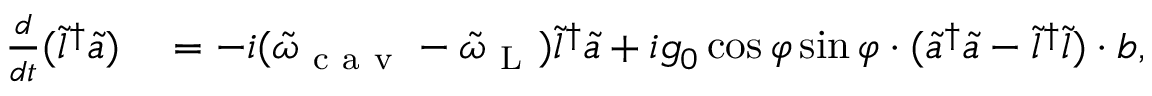
\begin{array} { r l } { \frac { d } { d t } ( \tilde { l } ^ { \dagger } \tilde { a } ) } & { { } = - i ( \tilde { \omega } _ { \mathrm { ~ c ~ a ~ v ~ } } - \tilde { \omega } _ { \mathrm { ~ L ~ } } ) \tilde { l } ^ { \dagger } \tilde { a } + i g _ { 0 } \cos \varphi \sin \varphi \cdot ( \tilde { a } ^ { \dagger } \tilde { a } - \tilde { l } ^ { \dagger } \tilde { l } ) \cdot b , } \end{array}